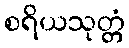
စရိယသုတ္တံ